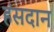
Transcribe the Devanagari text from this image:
हंसदान